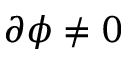
\partial \boldsymbol \phi \neq 0